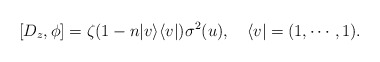
\begin{align*}[D_z, \phi] = \zeta(1 - n | v \rangle \langle v |) \sigma^2(u),\quad \langle v | = (1, \cdots, 1).\end{align*}